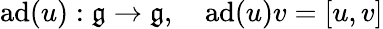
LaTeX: \operatorname{ad}(u):{\mathfrak{g}}\to{\mathfrak{g}},\quad\operatorname{ad}(u)v=[u,v]